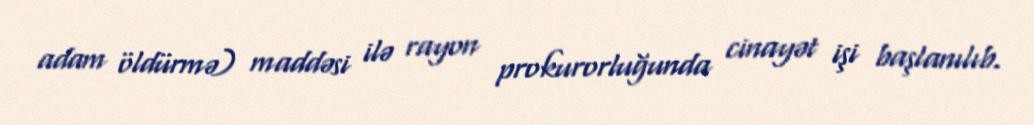
adam öldürmə) maddəsi ilə rayon prokurorluğunda cinayət işi başlanılıb.